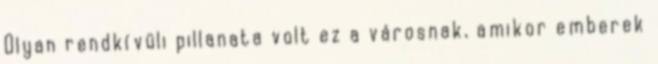
Olyan rendkívüli pillanata volt ez a városnak, amikor emberek